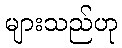
များသည်ဟု